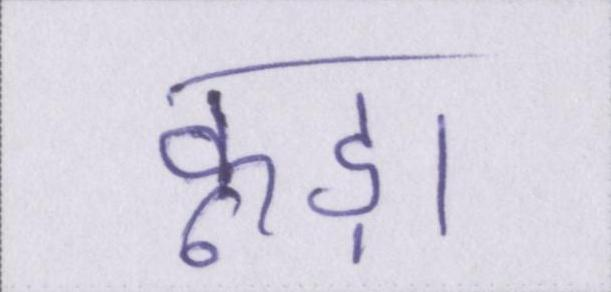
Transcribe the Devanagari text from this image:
कूड़ा